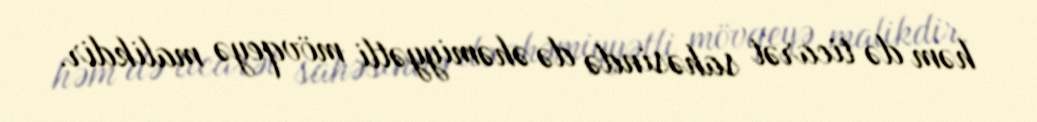
həm də ticarət sahəsində də əhəmiyyətli mövqeyə malikdir.